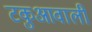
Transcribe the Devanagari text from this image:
टकुआवाली